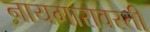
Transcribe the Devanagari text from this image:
नायगारावरती